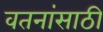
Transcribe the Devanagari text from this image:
वतनांसाठी